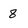
Character: 8